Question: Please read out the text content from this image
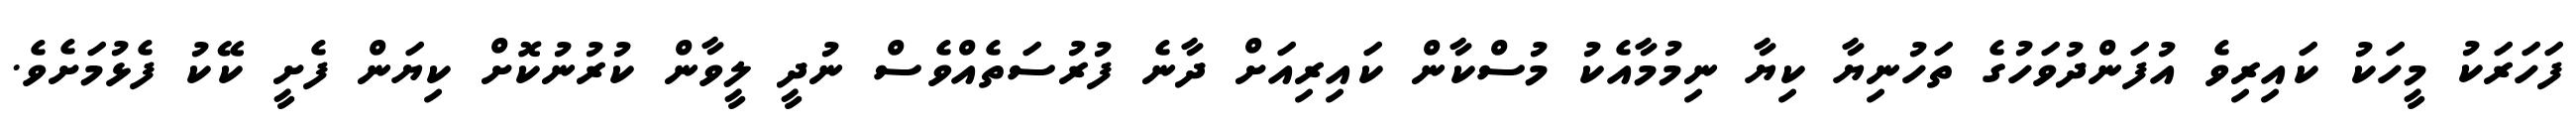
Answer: ފަހަރަކު މީހަކު ކައިރިވެ އުފަންދުވަހުގެ ތަހުނިޔާ ކިޔާ ނިމުމާއެކު މުސްކާން ކައިރިއަށް ދާނެ ފުރުސަތެއްވެސް ނުދީ ލީވާން ކުރުނުކޮށް ކިޔަން ފެށީ ކޭކު ފެޅުމަށެވެ.